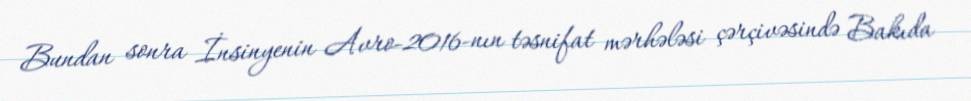
Bundan sonra İnsinyenin Avro-2016-nın təsnifat mərhələsi çərçivəsində Bakıda